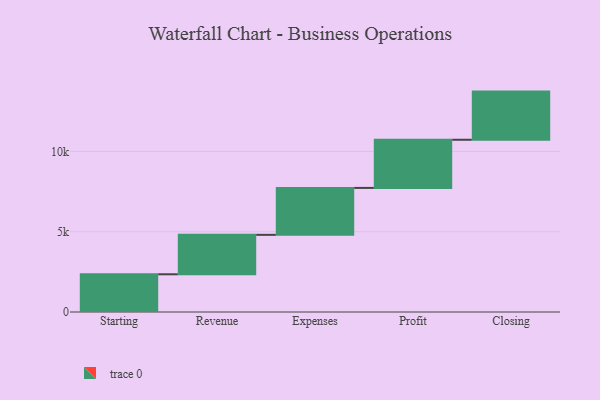
{"axis": {"x": "Step", "y": "Value"}, "legend": [""], "data": [{"x": "Starting", "y": 2349.0, "type": ""}, {"x": "Revenue", "y": 2458.0, "type": ""}, {"x": "Expenses", "y": 2923.0, "type": ""}, {"x": "Profit", "y": 3000, "type": ""}, {"x": "Closing", "y": 3000, "type": ""}]}